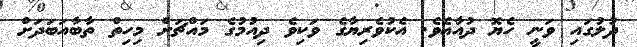
ދުލުގައި ވަނީ ހެޔޮ ދުއާއެވެ. އެކުވެރިޔާގެ ވަކިވެ ދިއުމުގެ މައްޗަށް މިހިތް ތާބާއަބަދަށް